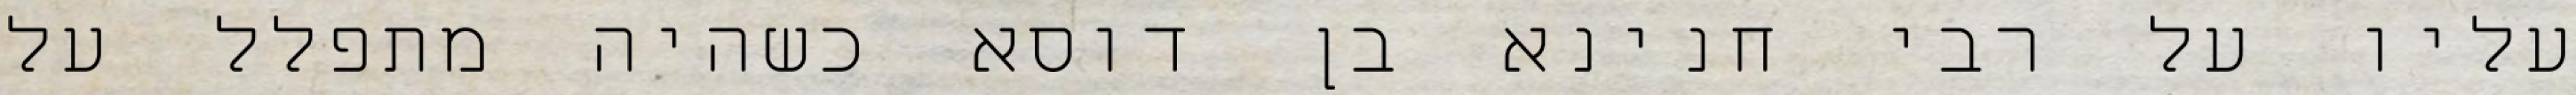
עליו על רבי חנינא בן דוסא כשהיה מתפלל על